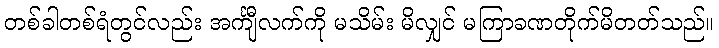
တစ်ခါတစ်ရံတွင်လည်း အင်္ကျီလက်ကို မသိမ်း မိလျှင် မကြာခဏတိုက်မိတတ်သည်။